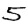
Digit: 5